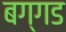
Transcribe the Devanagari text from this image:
बग्‍गड